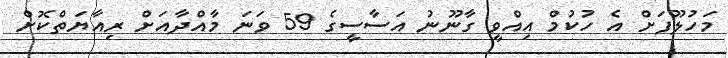
މަހުލޫފަށް އެ ހުކުމް އިއްވީ ގާނޫނު އަސާސީގެ 59 ވަނަ މާއްދާއަށް ރިއާޔަތްކޮށް